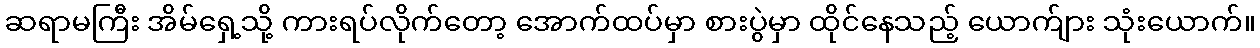
ဆရာမကြီး အိမ်ရှေ့သို့ ကားရပ်လိုက်တော့ အောက်ထပ်မှာ စားပွဲမှာ ထိုင်နေသည့် ယောက်ျား သုံးယောက်။